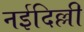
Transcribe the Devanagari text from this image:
नईदिल्ली